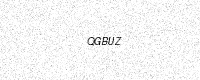
Text: QGBUZ